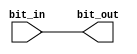
module bit_buf (
    input wire bit_in,
    output wire bit_out
);
    assign bit_out = bit_in;
endmodule

module top (
	input wire [3:0] data_in,
	output wire [3:0] data_out
);

    wire [3:0] data [0:4];

    assign data[0] = data_in;
    assign data_out = data[4];

	genvar i;
	generate
		for (i=0; i<=3; i=i+1) begin
			bit_buf bit_buf_instance[3:0] (
				.bit_in(data[i]),
				.bit_out(data[i + 1])
			);
		end
	endgenerate
endmodule

module top2 (
	input wire [3:0] data_in,
	output wire [3:0] data_out
);
    assign data_out = data_in;
endmodule